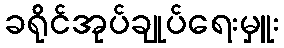
ခရိုင်အုပ်ချုပ်ရေးမှူး